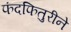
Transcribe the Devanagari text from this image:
फंदफितुरीने